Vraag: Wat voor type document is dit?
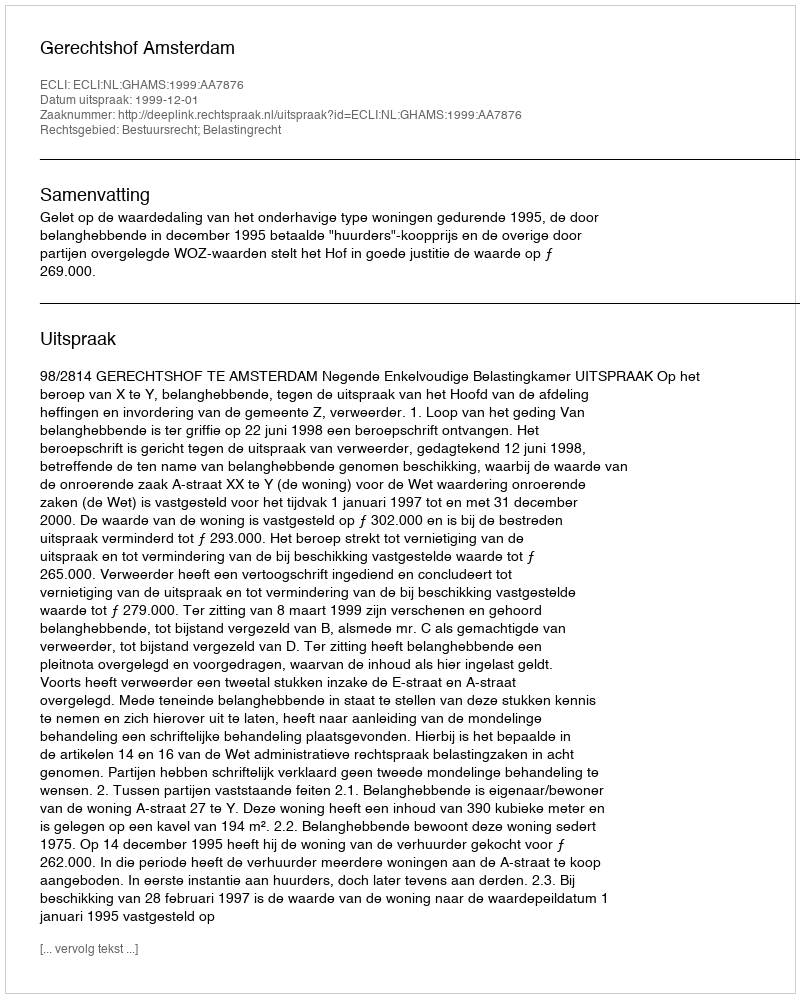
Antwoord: Uitspraak